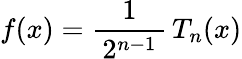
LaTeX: f(x)={\frac{1}{\, 2^{n-1}\, }}\, T_{n}(x)